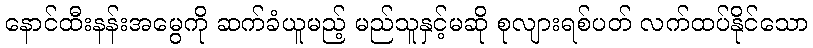
နောင်ထီးနန်းအမွေကို ဆက်ခံယူမည့် မည်သူနှင့်မဆို စုလျားရစ်ပတ် လက်ထပ်နိုင်သော